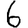
Digit: 6